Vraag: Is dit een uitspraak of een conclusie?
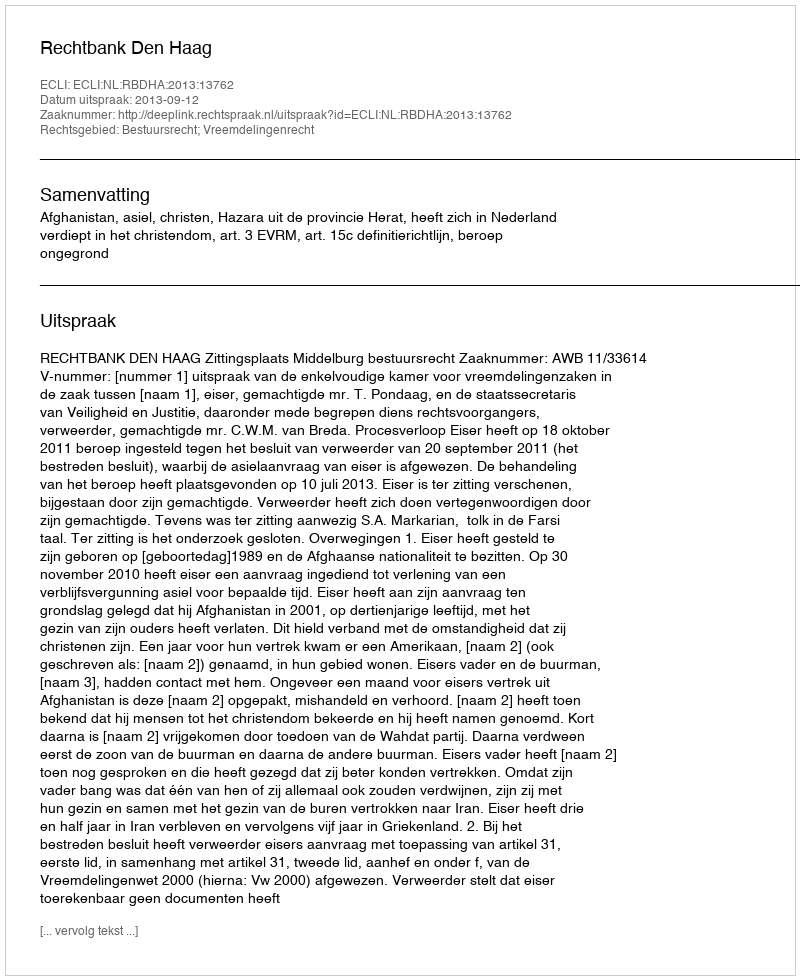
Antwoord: Uitspraak